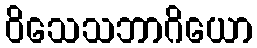
ဝိသေသဘာဂိယော